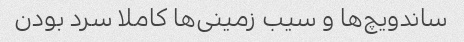
ساندویچ‌ها و سیب زمینی‌ها کاملا سرد بودن